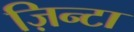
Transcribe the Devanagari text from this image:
ज़िन्टा